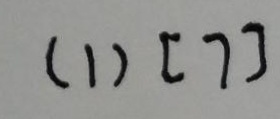
( 1 ) [ 7 ]